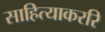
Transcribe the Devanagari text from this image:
साहित्याकररि